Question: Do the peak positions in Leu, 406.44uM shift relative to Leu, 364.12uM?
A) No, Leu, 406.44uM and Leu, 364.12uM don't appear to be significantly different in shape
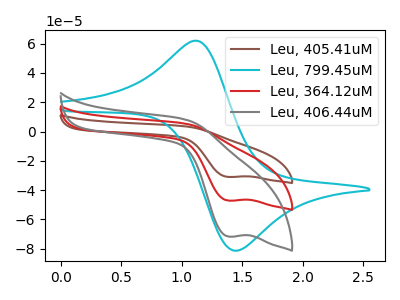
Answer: <think>The brown curve "Leu, 405.41uM" has a cathodic peak at: (1.40V, -94.35uA). The cyan curve "Leu, 799.45uM" has an anodic peak at (1.15V, 61.90uA) and a cathodic peak at (1.45V, -81.40uA). The red curve "Leu, 364.12uM" has a cathodic peak at: (1.40V, -47.15uA). The gray curve "Leu, 406.44uM" has a cathodic peak at: (1.40V, -71.75uA).
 All the peaks in "Leu, 406.44uM" have a peak in "Leu, 364.12uM" at the same potential. Every peak in "Leu, 406.44uM" is higher than every peak in "Leu, 364.12uM".</think>
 <answer>A) No, "Leu, 406.44uM" and "Leu, 364.12uM" don't appear to be significantly different in shape</answer>
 <eval>A</eval>